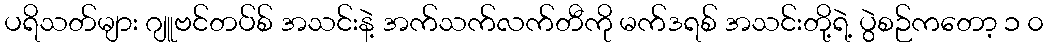
ပရိသတ်များ ဂျူဗင်တပ်စ် အသင်းနဲ့ အက်သက်လက်တီကို မက်ဒရစ် အသင်းတို့ရဲ့ ပွဲစဉ်ကတော့ ၁ ၀